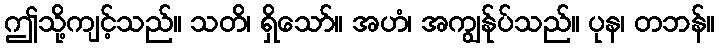
ဤသို့ကျင့်သည်။ သတိ၊ ရှိသော်။ အဟံ၊ အကျွန်ုပ်သည်။ ပုန၊ တဘန်။